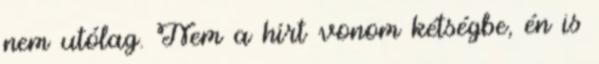
nem utólag. Nem a hírt vonom kétségbe, én is